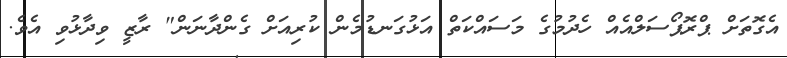
އެގޮތަށް ޕްރޮޕޯސަލްއެއް ހެދުމުގެ މަސައްކަތް އަޅުގަނޑުމެން ކުރިއަށް ގެންދާނަން" ރާޒީ ވިދާޅުވި އެވެ.